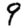
Digit: 9